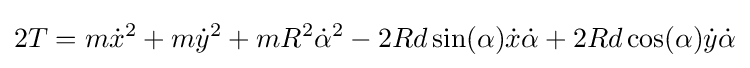
2T=m{\dot {x}}^{2}+m{\dot {y}}^{2}+mR^{2}{\dot {\alpha }}^{2}-2Rd\sin(\alpha ){\dot {x}}{\dot {\alpha }}+2Rd\cos(\alpha ){\dot {y}}{\dot {\alpha }}